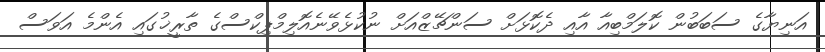
އަނިޔާގެ ސަބަބުން ކޮލަމްބިއާ އާއި ދެކޮޅަށް ސަންޗޭޒްއަށް ނުކުޅެވޭނެއޮލިމްޕިކްސްގެ ތާރީޚުގައި އެންމެ އަވަސް